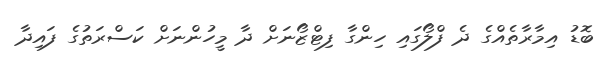
ބޮޑު އިމާރާތެއްގެ ދެ ފްލޯގައި ހިންގާ ފިޓްޒޯނަށް ދާ މީހުންނަށް ކަސްރަތުގެ ފައިދާ